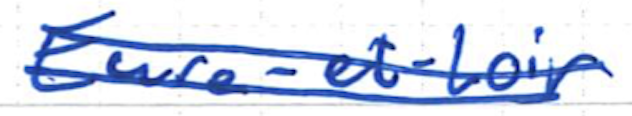
Text: Eure-et-Loir
Cross-out: double-line
Writing tool: ballpoint